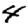
Digit: 4